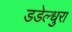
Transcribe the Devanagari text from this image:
डडेल्धुरा